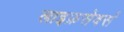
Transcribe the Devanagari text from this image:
लाइफ़सेवर्स